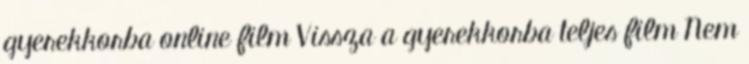
gyerekkorba online film Vissza a gyerekkorba teljes film Nem